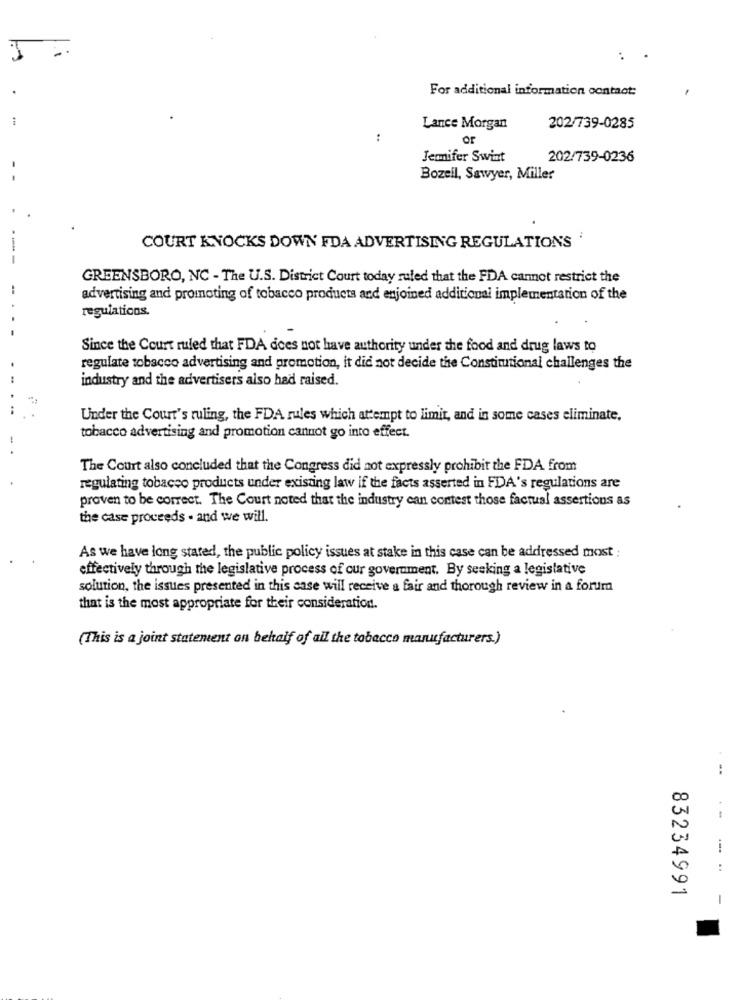
:
For additional information contact:
Lance Morgan
202/739-0285
:
or
Jenifer Swint
202/739-0236
Bozell, Sawyer, Miller
COURT KNOCKS DOWN FDA ADVERTISING REGULATIONS
GREENSBORO, NC - The U.S. District Court today ruled that the FDA cannot restrict the
advertising and promoting of tobacco products and enjoined additional implementation of the
regulaticos.
Since the Court ruled that FDA does not have authority under the food and drug laws to
regulate tobacco advertising and promotion, it did not decide the Constitutional challenges the
industry and the advertisers also had raised.
Under the Court's ruling, the FDA rules which attempt to limit, and in some cases eliminate.
tobacco advertising and promotion cannot go into effect.
The Court also concluded that the Congress did not expressly prohibit the FDA from
regulating tobacco products under existing law if the facts asserted in FDA's regulations are
proven to be correct. The Court noted that the industry can contest those factual assertions as
the case proceeds . and we will.
As we have long stated, the public policy issues at stake in this case can be addressed most :
effectively through the legislative process of our government. By seeking a legislative
solution, the issues presented in this case will receive a fair and thorough review in a forum
that is the most appropriate for their consideration.
(This is a joint statement on behalf of all the tobacco manufacturers.)
--
83234991
-